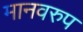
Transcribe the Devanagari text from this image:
मानवरुप